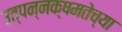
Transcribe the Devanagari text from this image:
उत्पन्नक्षमतेच्या